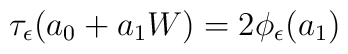
\tau_{\epsilon} (a_{0} + a_{1}W) = 2\phi_{\epsilon}(a_{1})